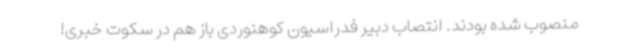
منصوب شده بودند. انتصاب دبیر فدراسیون کوهنوردی باز هم در سکوت خبری!